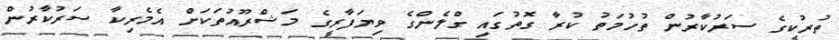
ތުރުކީގެ ސަރުކާރުން ތުހުމަތު ކުރާ ގޮތުގައި ގްލެންގެ ވިޔަފާރީގެ މަޝްރޫއުތަކަށް އެމެރިކާ ސަރުކާރުން